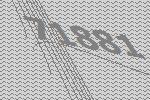
71881